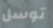
توسل